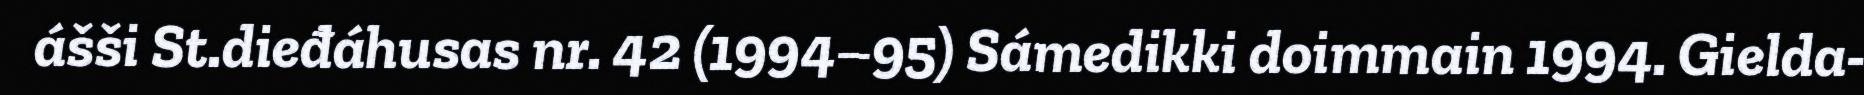
ášši St.dieđáhusas nr. 42 (1994–95) Sámedikki doimmain 1994. Gielda-